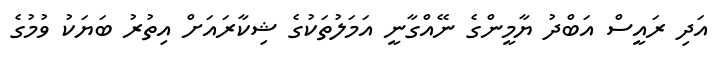
އަދި ރައީސް އަބްދު ޔާމީންގެ ނޭއްގާނީ އަމަލުތަކުގެ ޝިކާރައަށް އިތުރު ބަޔަކު ވުމުގެ